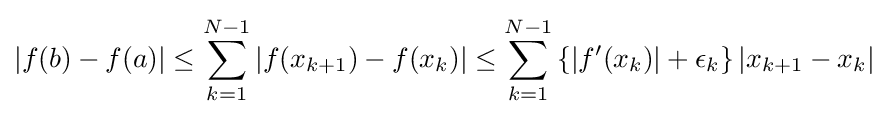
|f(b)-f(a)|\leq \sum _{k=1}^{N-1}|f(x_{k+1})-f(x_{k})|\leq \sum _{k=1}^{N-1}\left\{|f'(x_{k})|+\epsilon _{k}\right\}|x_{k+1}-x_{k}|